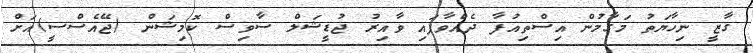
ގާޒީ ނިހާޔަތު މަގާމުން އިސްތިއުފާ ދެއްވާފައި ވާއިރު ޖުޑީޝަލް ސާވިސް ކޮމިޝަން (ޖޭއެސްސީ)އަށް